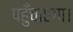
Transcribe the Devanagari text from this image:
पहुँचाएगा।